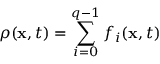
\rho ( \mathbf { x } , t ) = \sum _ { i = 0 } ^ { q - 1 } f _ { i } ( \mathbf { x } , t )